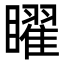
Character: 矅